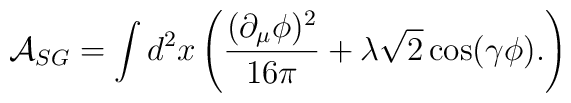
\mathcal{A}_{SG}=\int d^2x\left( \frac{(\partial _\mu \phi )^2}{16\pi }+\lambda \sqrt{2}\cos (\gamma \phi ).\right)